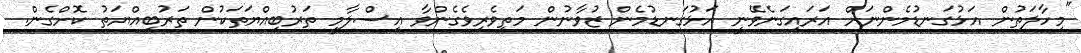
"މިހާލަތުން އަޅުގަނޑުމެންނަށް އަރައިގަނެވޭނީ އަޅުގަނޑުމެން ޒުވާނުން މަތިވެރިވެގެންވާ އިސްލާމީ ތަރުބިއްޔަތަކުން ތަރުބިއްޔަތު ކޮށްގެން.